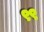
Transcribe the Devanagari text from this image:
९९